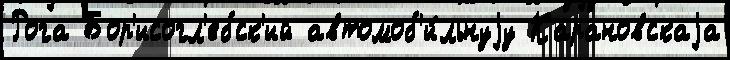
Рога Бор'исогл'ебск'ий автомоб'и́льнуjу Карановскаjа